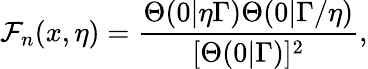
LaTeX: \mathcal{F}_{n}(x,\eta)=\frac{\Theta(0|\eta\Gamma)\Theta(0|\Gamma/\eta)}{[\Theta(0|\Gamma)]^{2}},